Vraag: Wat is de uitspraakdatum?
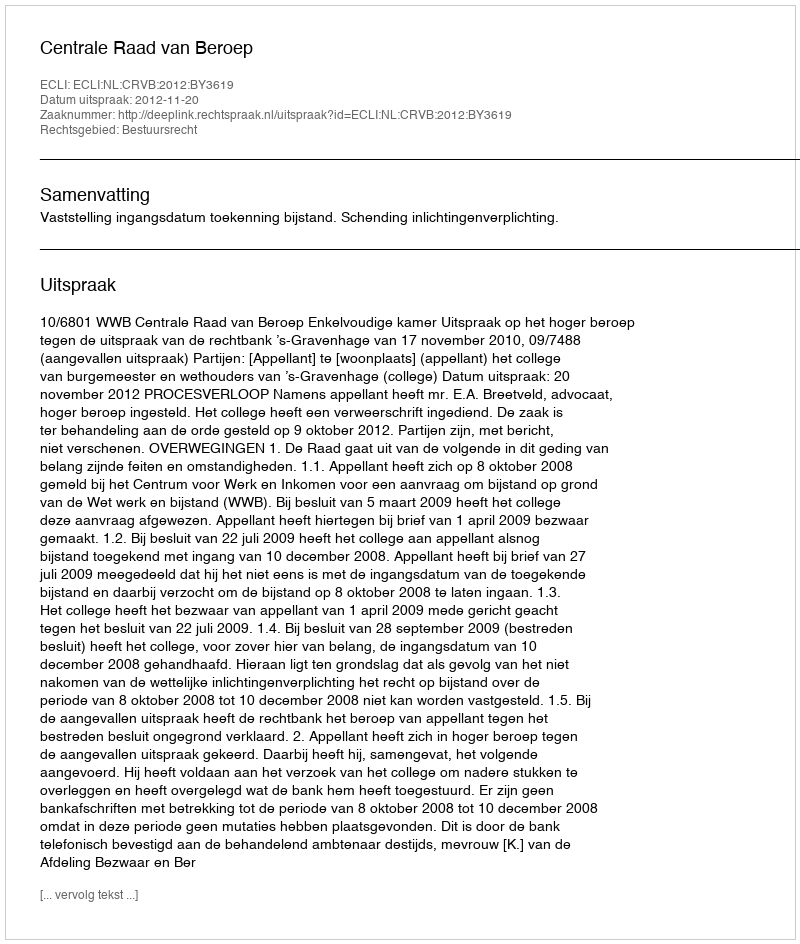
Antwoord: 2012-11-20